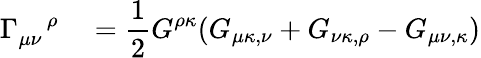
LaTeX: \Gamma_{\mu\nu}^{\quad\rho\quad}=\frac{1}{2}G^{\rho\kappa}(G_{\mu\kappa,\nu}+G_{\nu\kappa,\rho}-G_{\mu\nu,\kappa})